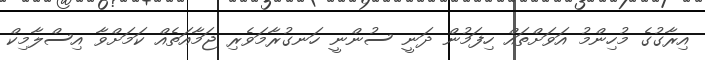
އިރާގުގެ މުހިންމު އަވަށްތައް ހިފަމުން ދަނީ ސުންނީ ހަނގުރާމަވެރި ޖަމާއަތެއް ކަމަށްވާ އިސްލާމިކް